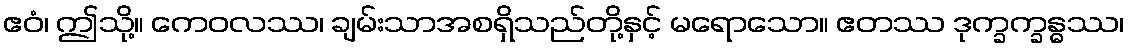
ဧဝံ၊ ဤသို့။ ကေဝလဿ၊ ချမ်းသာအစရှိသည်တို့နှင့် မရောသော။ ဧတဿ ဒုက္ခက္ခန္ဓဿ၊